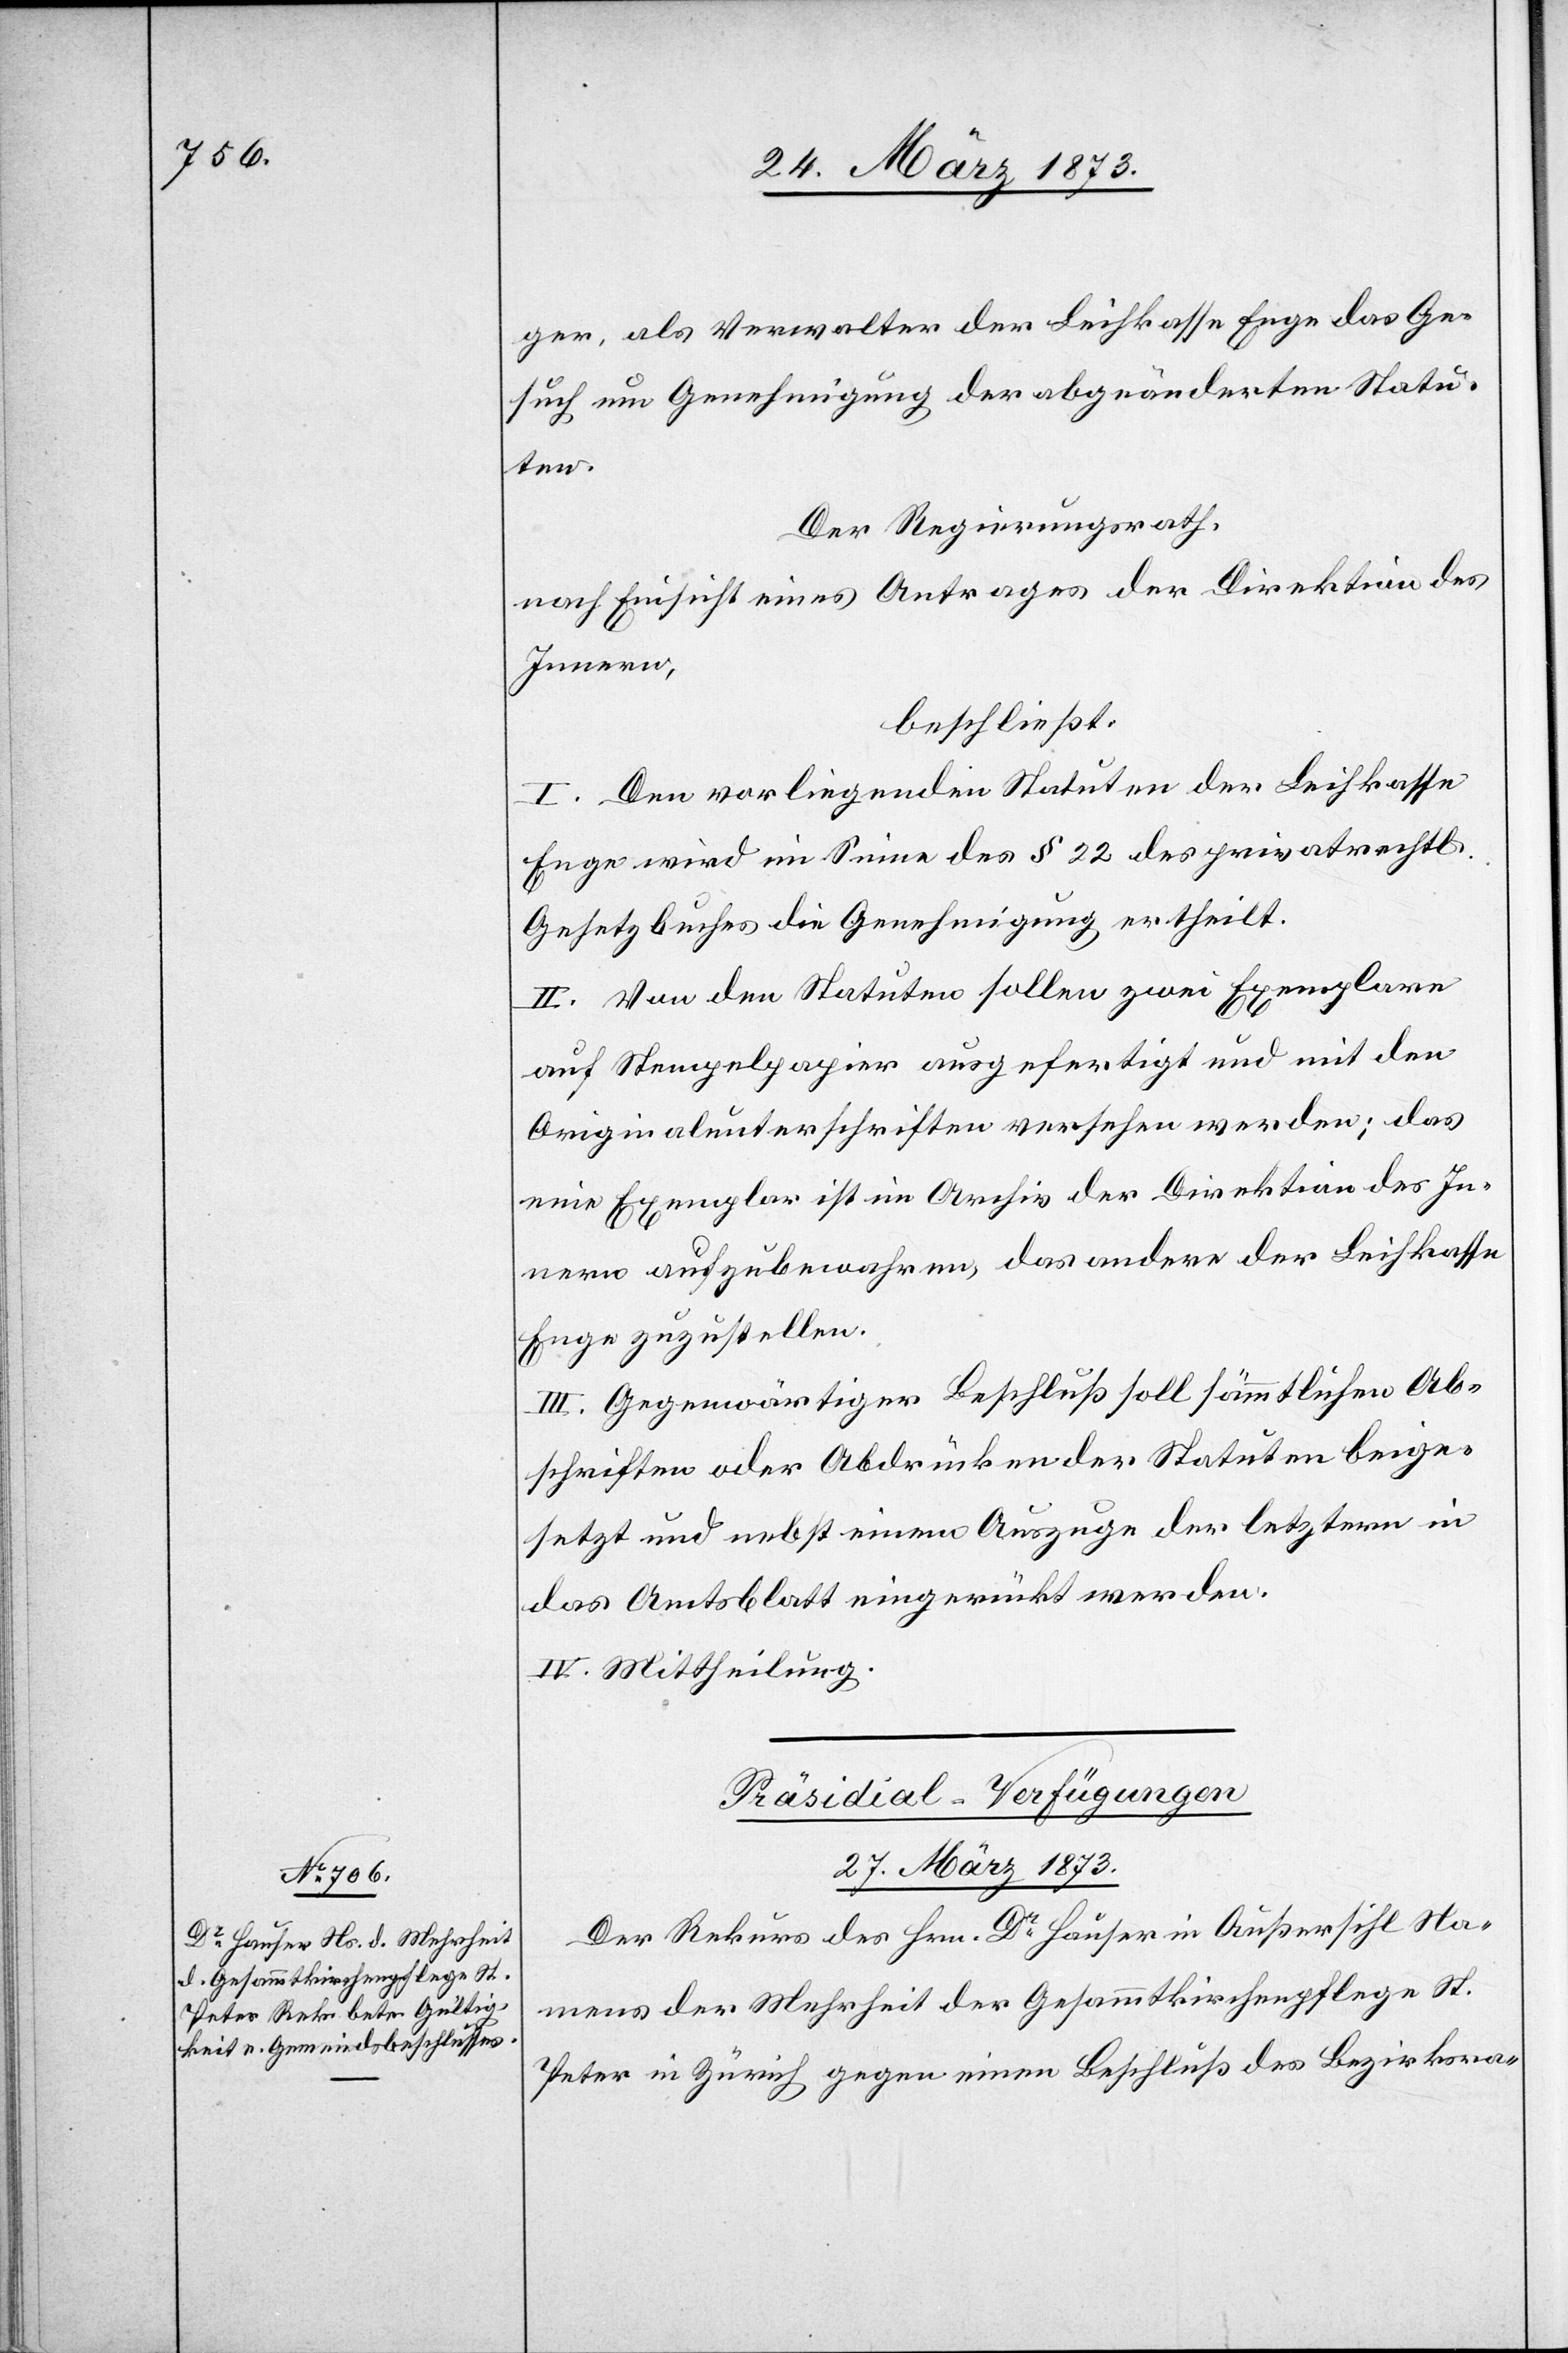
ger, als Verwalter der Leihkasse Enge das Ge¬
such um Genehmigung der abgeänderten Statu¬
ten.
Der Regierungsrath,
nach Einsicht eines Antrages der Direktion des
Innern,
beschließt:
I. Den vorliegenden Statuten der Leihkasse
Enge wird im Sinne des § 22 des privatrechtl.
Gesetzbuches die Genehmigung ertheilt.
II. Von den Statuten sollen zwei Exemplare
auf Stempelpapier ausgefertigt und mit den
Originalunterschriften versehen werden; das
eine Exemplar ist im Archiv der Direktion des In¬
nern aufzubewahren, das andere der Leihkasse
Enge zuzustellen.
III. Gegenwärtiger Beschluß soll sämmtlichen Ab¬
schriften oder Abdrücken der Statuten beige¬
setzt und nebst einem Auszuge der letztern in
das Amtsblatt eingerückt werden.
IV. Mittheilung.
Präsidial-Verfügungen[.]
27. März 1873.
Der Rekurs des Hrn. Dr Hauser in Außersihl Na¬
mens der Mehrheit der Gesammtkirchenpflege St.
Peter in Zürich gegen einen Beschluß des Bezirksra-